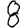
Digit: 8